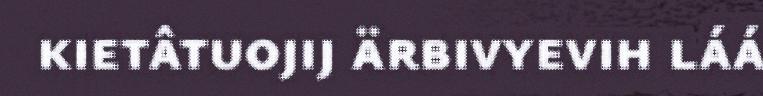
kietâtuojij ärbivyevih láá